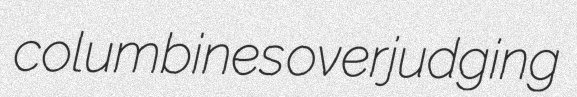
columbines overjudging